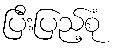
ပြီးပြည့်စုံ